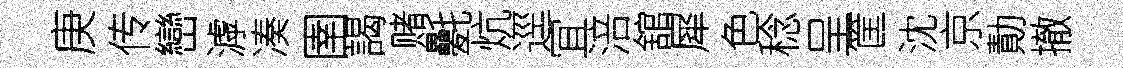
庚传巒滹凑圉謁赌氎炕逕冝涪舘犀色稔呈筐沈京勣撤